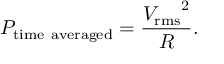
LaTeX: P _ { \mathrm { t i m e ~ a v e r a g e d } } = { \frac { { V _ { \mathrm { r m s } } } ^ { 2 } } { R } } .